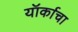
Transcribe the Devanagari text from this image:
यॉर्काचा